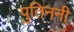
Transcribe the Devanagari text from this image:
पुतिननी